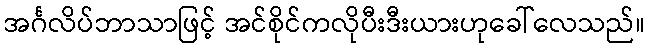
အင်္ဂလိပ်ဘာသာဖြင့် အင်စိုင်ကလိုပီးဒီးယားဟုခေါ်လေသည်။